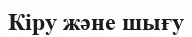
Кіру және шығу